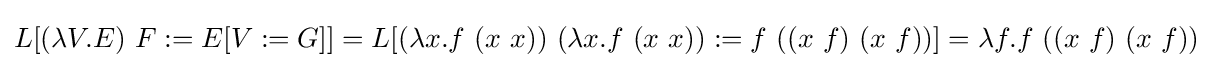
L[(\lambda V.E)\ F:=E[V:=G]]=L[(\lambda x.f\ (x\ x))\ (\lambda x.f\ (x\ x)):=f\ ((x\ f)\ (x\ f))]=\lambda f.f\ ((x\ f)\ (x\ f))